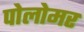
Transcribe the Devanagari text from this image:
पोलोमर